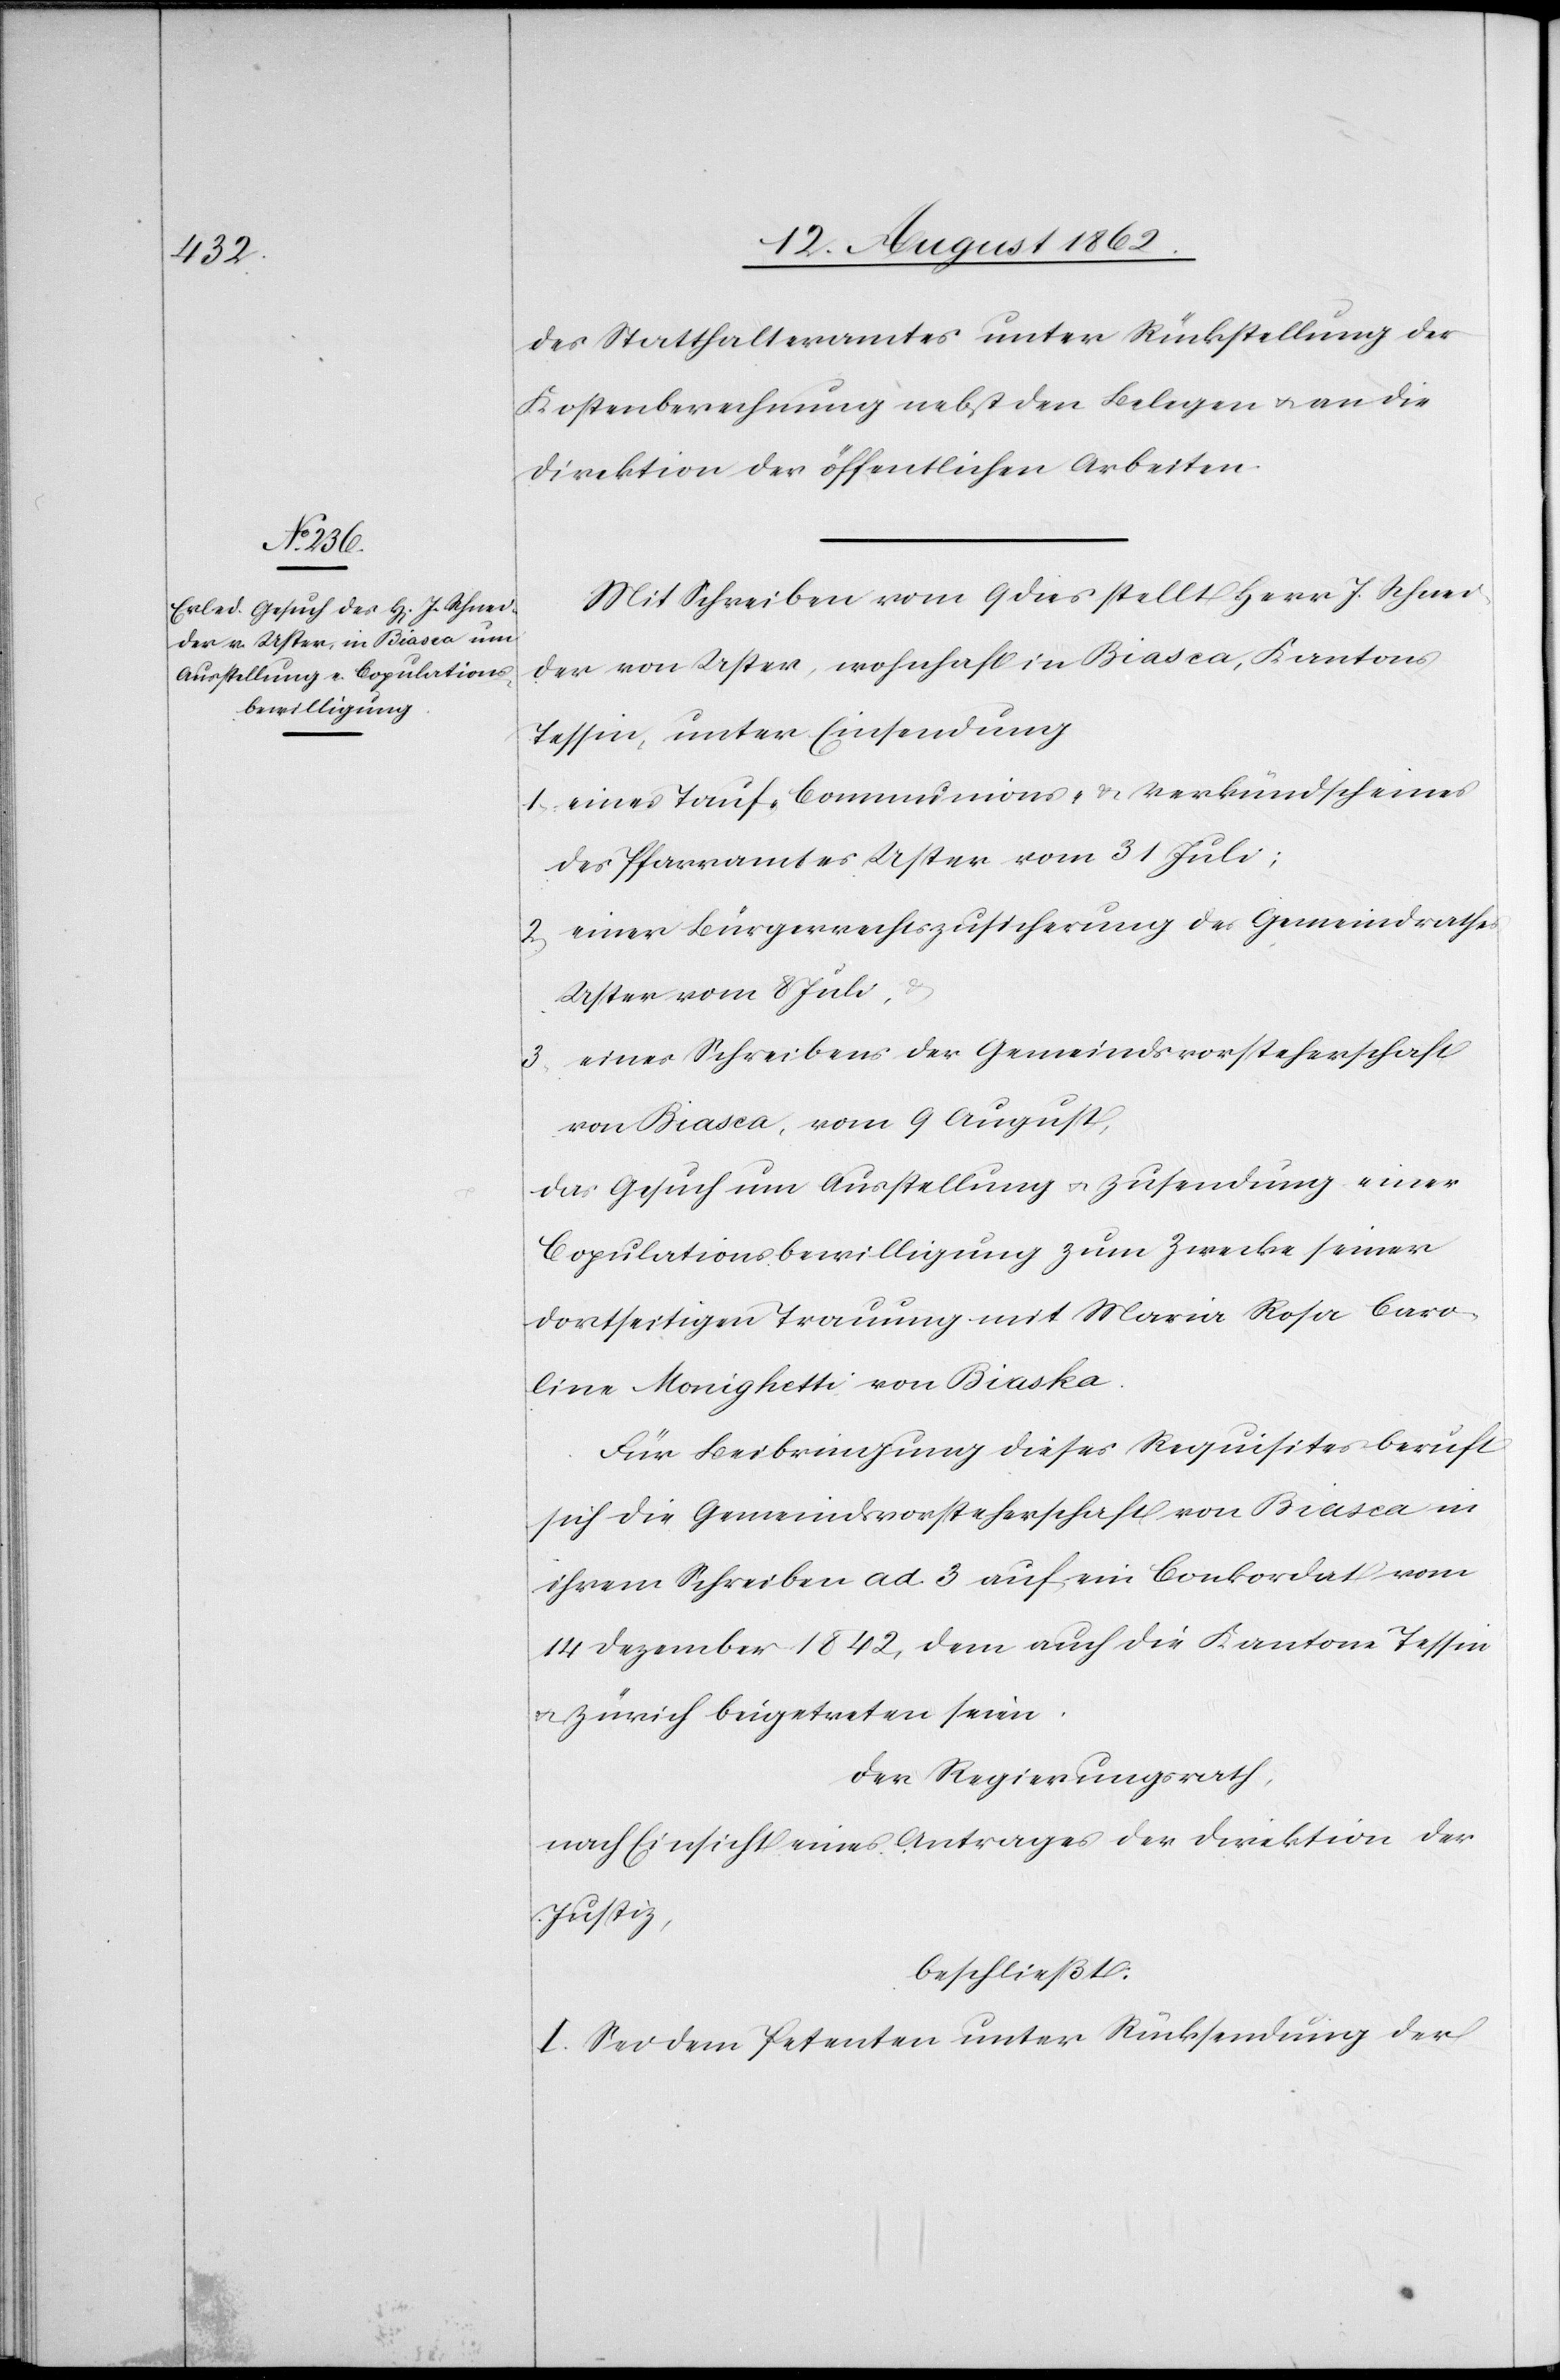
des Statthalteramtes unter Rückstellung der
Kostenberechnung best den Belegen u. an die
Direktion der öffentlichen Arbeiten.
Mit Schreiben vom 9. dies stellt Herr J. Schnei¬
der von Uster, wohnhaft in Biasca, Kantons
Tessin, unter Einsendung
1. eines Tauf-[,] Communions- u. Verkündscheines
des Pfarramtes Uster vom 31. Juli;
2. einer Bürgerrechtszusicherung des Gemeindrathes
Uster vom 8. Juli,
eines Schreibens der Gemeindsvorsteherschaft
3.
von Biasca, vom 9. August,
das Gesuch um Ausstellung u. Zusendung einer
Copulationsbewilligung zum Zwecke seiner
dortseitigen Trauung mit Maria Rosa Caro¬
lina Monighetti von Biaska
Für Beibringung dieses Requisites beruft
sich die Gemeindsvorsteherschaft von Biasca in
ihrem Schreiben ad. 3 auf ein Conkordat vom
14. Dezember 1842, dem auch die Kantone Tessin
u. Zürich beigetreten seien.
Der Regierungsrath,
nach Einsicht eines Antrages der Direktion der
Justiz,
beschließt:
I. Sei dem Petenten unter Rücksendung der